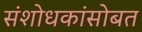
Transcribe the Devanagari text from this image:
संशोधकांसोबत